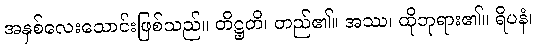
အနှစ်လေးသောင်းဖြစ်သည်။ တိဋ္ဌတိ၊ တည်၏။ အဿ၊ ထိုဘုရား၏။ ရိပနံ၊